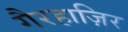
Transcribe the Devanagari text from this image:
गैरहाज़िर